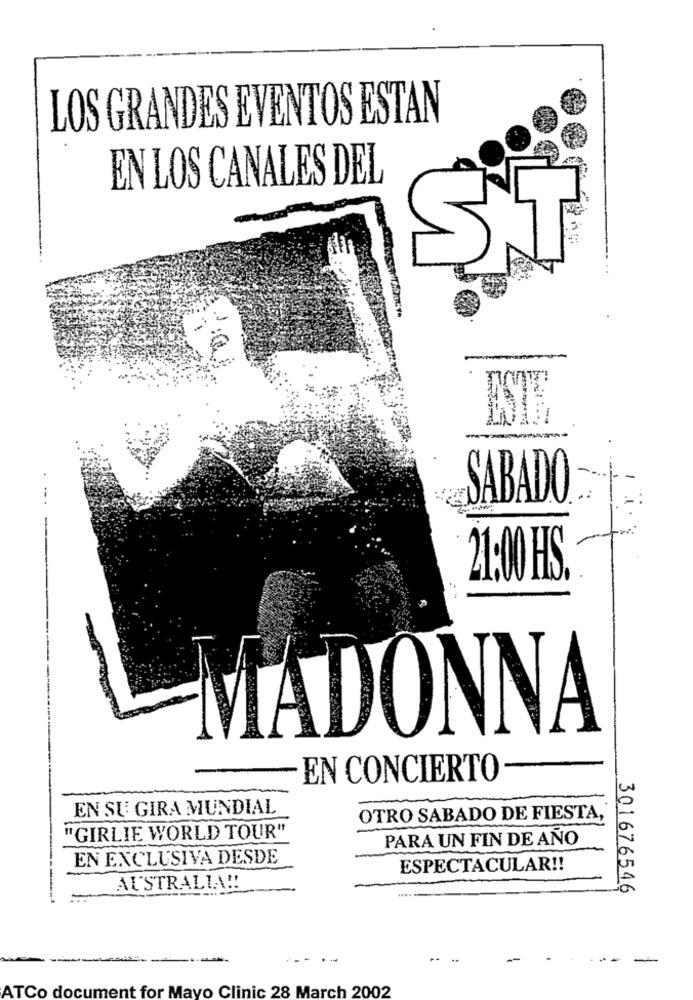
LOS GRANDES EVENTOS ESTAN
EN LOS CANALES DEL
ST
ESTE,
SABADO
21:00 HS.
MADONNA
EN CONCIERTO
EN SU GIRA MUNDIAL
OTRO SABADO DE FIESTA,
"GIRLIE WORLD TOUR"
PARA UN FIN DE AÑO
EN EXCLUSIVA DESDE
ESPECTACULAR !!
AUSTRALIA !!
301676546
-
ATCo document for Mayo Clinic 28 March 2002